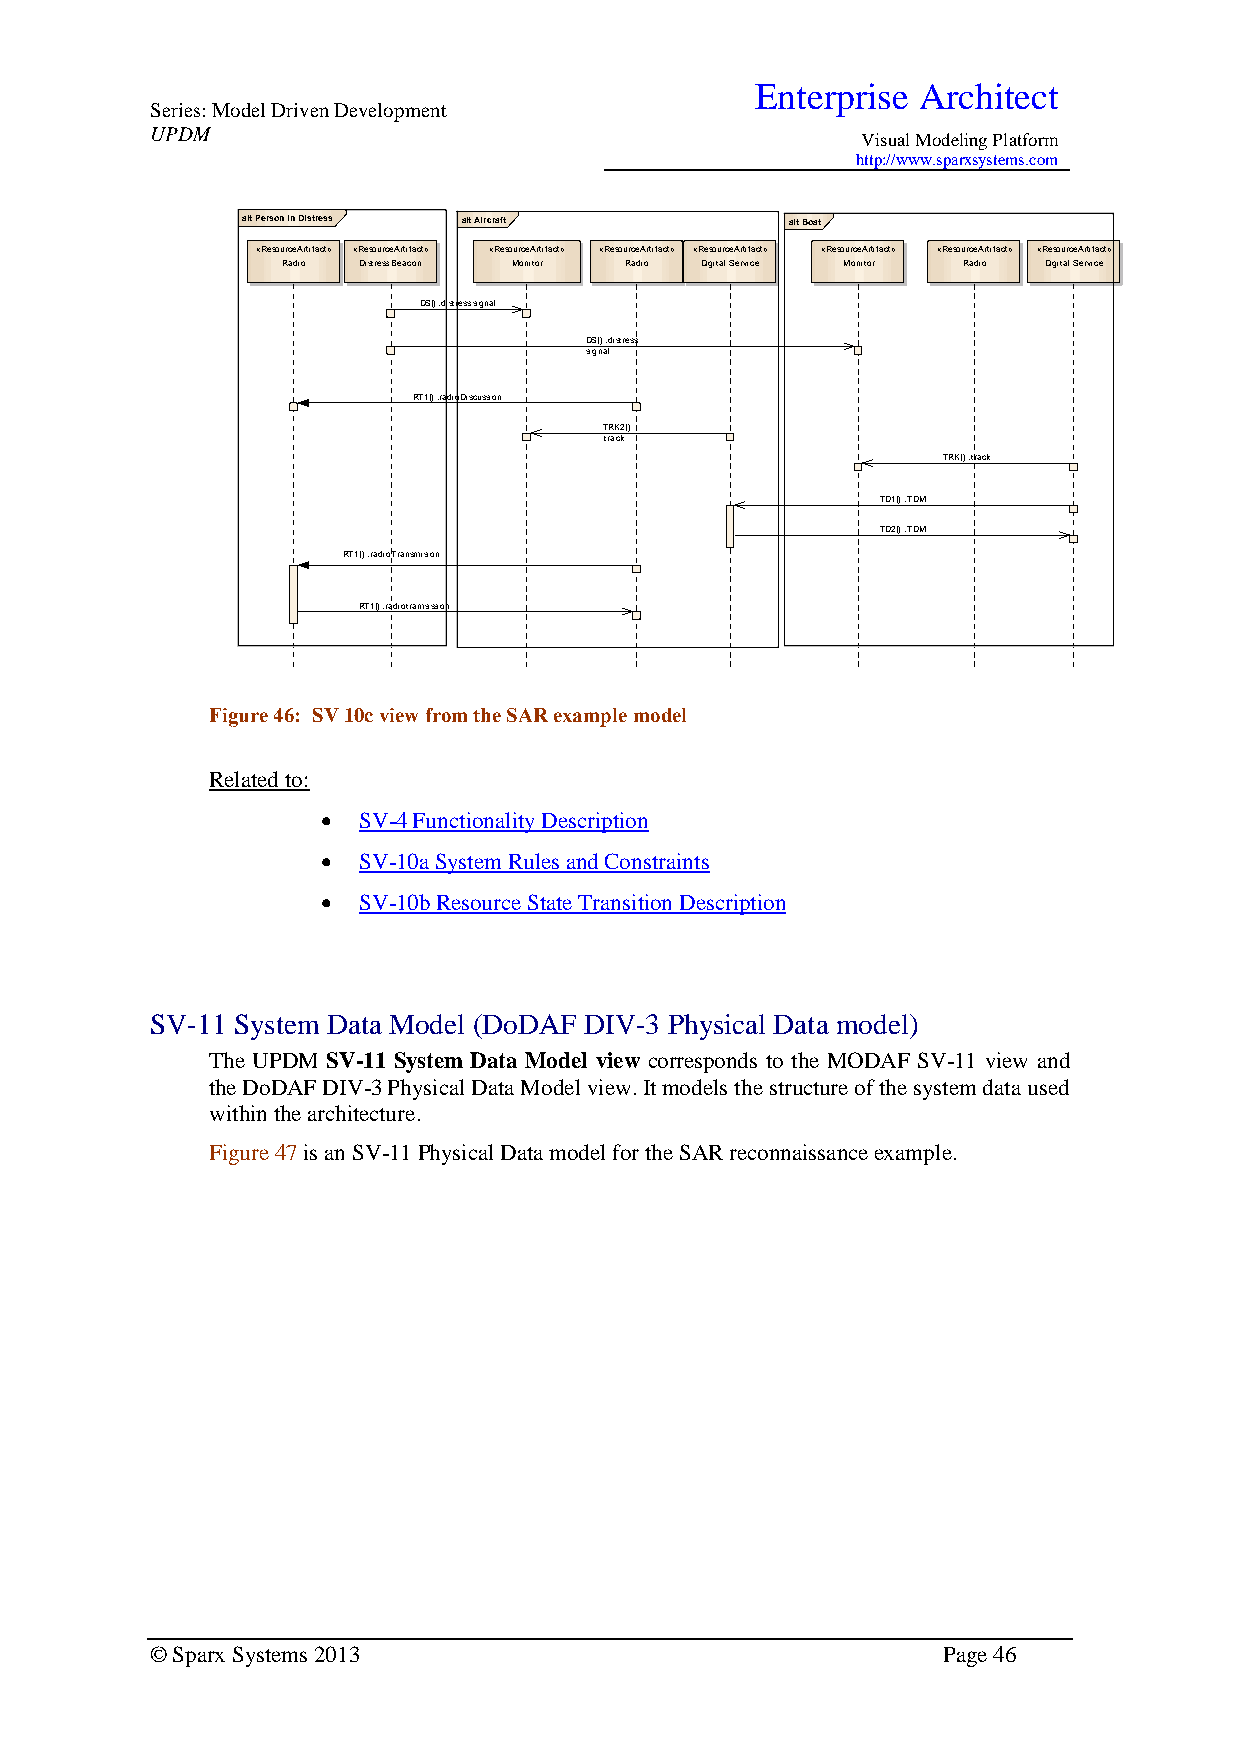
Enterprise Architect
 Series: Model Driven Development
 UPDM
 Visual Modeling Platform
 http://www.sparxsystems.com
 alt Person in Distress alt Aircraft alt Boat
 «ResourceArtifact» «ResourceArtifact» «ResourceArtifact» «ResourceArtifact» «ResourceArtifact» «ResourceArtifact» «ResourceArtifact» «ResourceArtifact»
 Radio Distress Beacon Monitor Radio Digital Service Monitor Radio Digital Service
 DS() :distress signal
 DS() :distress
 signal
 RT1() :radioDiscussion
 TRK2()
 :track
 TRK() :track
 TD1() :TDM
 TD2() :TDM
 RT1() :radioTransmision
 RT1() :radiotramsission
 Figure 46: SV 10c view from the SAR example model
 Related to:
   SV-4 Functionality Description
   SV-10a System Rules and Constraints
   SV-10b Resource State Transition Description
 SV-11 System Data Model (DoDAF DIV-3 Physical Data model)
 The UPDM SV-11 System Data Model view corresponds to the MODAF SV-11 view and
 the DoDAF DIV-3 Physical Data Model view. It models the structure of the system data used
 within the architecture.
 Figure 47 is an SV-11 Physical Data model for the SAR reconnaissance example.
 © Sparx Systems 2013                                Page 46